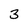
Character: 3